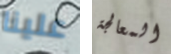
علينا المعالجة